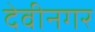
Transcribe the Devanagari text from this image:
देवीनगर